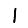
Digit: 1